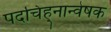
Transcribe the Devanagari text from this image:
पदचिह्‌नान्वेषक